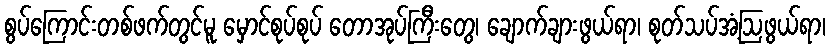
စွပ်ကြောင်းတစ်ဖက်တွင်မူ မှောင်စုပ်စုပ် တောအုပ်ကြီးတွေ၊ ချောက်ချားဖွယ်ရာ၊ စုတ်သပ်အံ့ဩဖွယ်ရာ၊